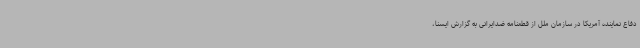
دفاع نماینده آمریکا در سازمان ملل از قطعنامه ضدایرانی به گزارش ایسنا،